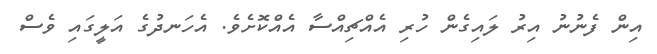
އިން ފެނުނު އިރު ލައިގެން ހުރި އެއްޗިއްސާ އެއްކޮށެވެ. އެހަނދުގެ އަލީގައި ވެސް